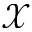
\mathcal X